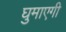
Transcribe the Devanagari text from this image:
घुमाएगी